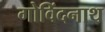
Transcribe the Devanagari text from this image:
गोविंदनाथ